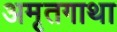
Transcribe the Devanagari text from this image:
अमृतगाथा